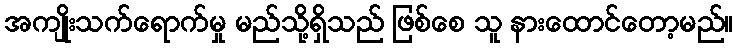
အကျိုးသက်ရောက်မှု မည်သို့ရှိသည် ဖြစ်စေ သူ နားထောင်တော့မည်။